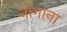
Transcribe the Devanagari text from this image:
नॉगाना